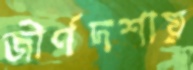
জীর্ণদশায়